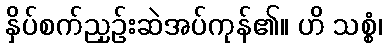
နှိပ်စက်ညှဉ်းဆဲအပ်ကုန်၏။ ဟိ သစ္စံ၊